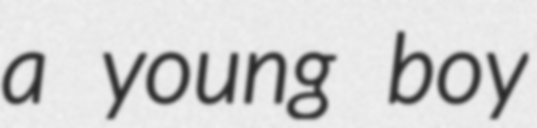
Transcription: a young boy